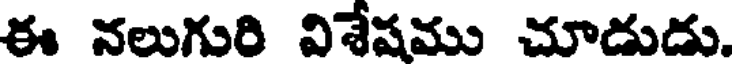
ఈ నలుగురి విశేషము చూడుడు.